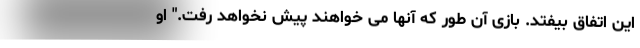
این اتفاق بیفتد. بازی آن طور که آنها می خواهند پیش نخواهد رفت." او